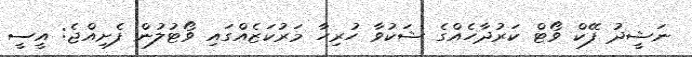
ނަޝީދު ފޭކް ވޯޓް ކަރުދާހެއްގެ ޝަކުވާ ހުރިހާ މަރުކަޒެއްގައި ވޯޓުލުން ފެށިއްޖެ: އީސީ